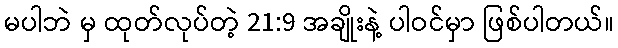
မပါဘဲ မှ ထုတ်လုပ်တဲ့ 21:9 အချိုးနဲ့ ပါဝင်မှာ ဖြစ်ပါတယ်။